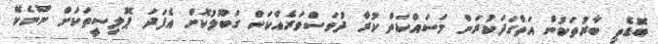
ބޮޑެތި ބާރުތަކުން އަތްގަދަކުރަން މަސައްކަތް ކުރާ ދުވަސްވަރެއްކަން ގަބޫލުކޮށް އެފަދަ ޕޮލިސީތަކަށް ނޫނެކޭ